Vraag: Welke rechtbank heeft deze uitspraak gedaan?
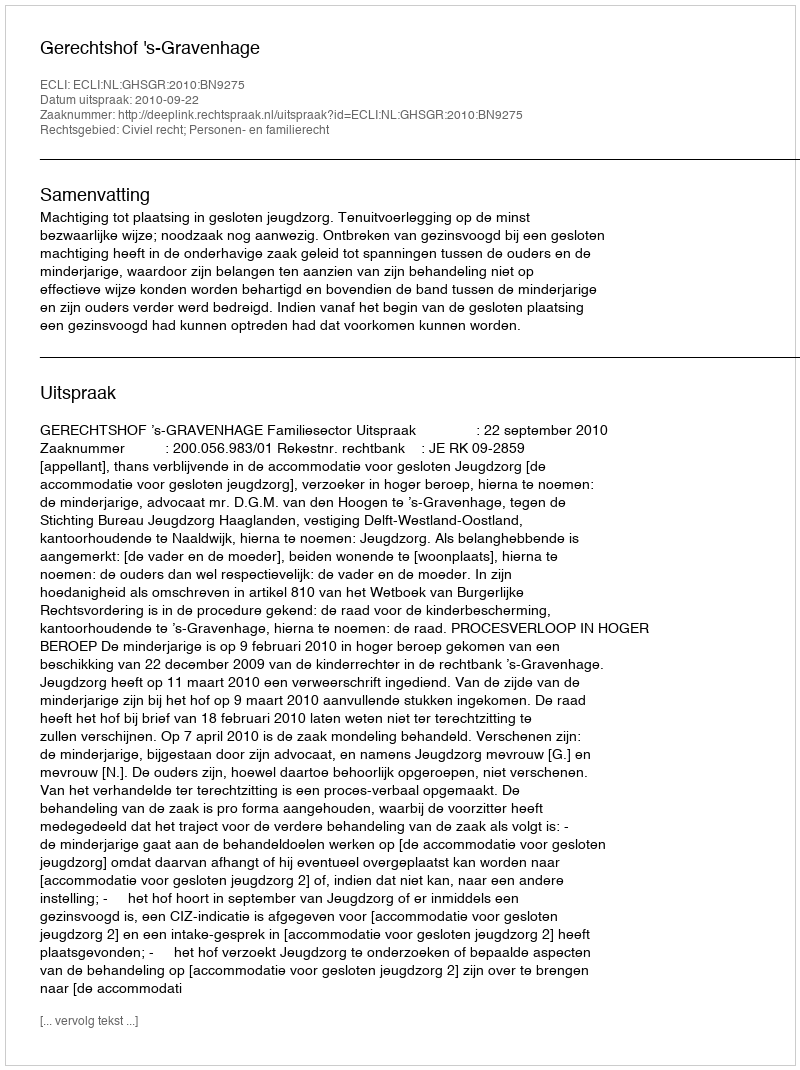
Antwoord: Gerechtshof 's-Gravenhage